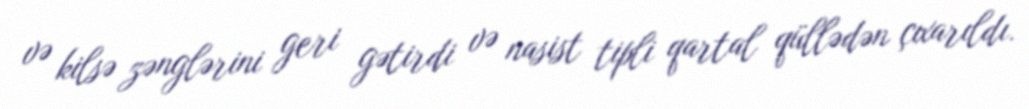
və kilsə zənglərini geri gətirdi və nasist tipli qartal qüllədən çıxarıldı.